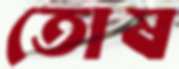
তোষ